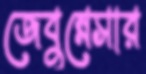
জেবুন্নেসার